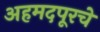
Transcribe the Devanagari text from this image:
अहमदपूरचे